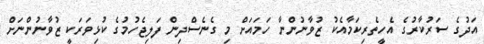
އަދުގެ ސަރުކާރުގެ އެހީތެރިކަމާއެކު ޒުވާނުންނާ ހަމައަށް މި ގެނެސްދިން ފަލިޖެހުމުގެ ކުޅިވަރަކީ ޒުވާނުންނަށް